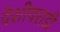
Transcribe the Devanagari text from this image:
देशीवराडी